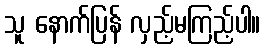
သူ နောက်ပြန် လှည့်မကြည့်ပါ။